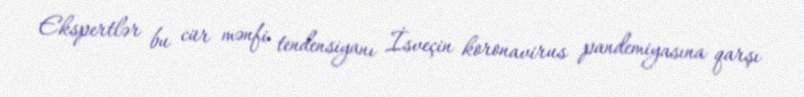
Ekspertlər bu cür mənfi tendensiyanı İsveçin koronavirus pandemiyasına qarşı